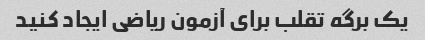
یک برگه تقلب برای آزمون ریاضی ایجاد کنید